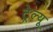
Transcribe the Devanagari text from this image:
ट्रेल्यू